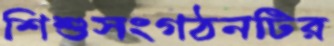
শিশুসংগঠনটির